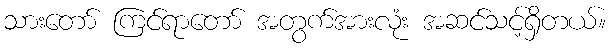
သားတော် ကြင်ရာတော် အတွက်အားလုံး အဆင်သင့်ရှိတယ်။